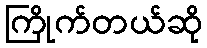
ကြိုက်တယ်ဆို